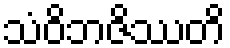
သံဝိဘဇိဿတိ